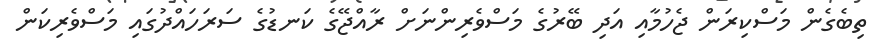
ތިބެގެން މަސްކިރަން ޖެހުމާއި އަދި ބޭރުގެ މަސްވެރިންނަށް ރާއްޖޭގެ ކަނޑުގެ ސަރަހައްދުގައި މަސްވެރިކަން